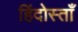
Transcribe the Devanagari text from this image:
हिंदोस्ताँ